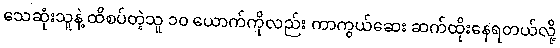
သေဆုံးသူနဲ့ ထိစပ်တဲ့သူ ၁၀ ယောက်ကိုလည်း ကာကွယ်ဆေး ဆက်ထိုးနေရတယ်လို့